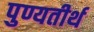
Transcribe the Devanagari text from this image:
पुण्यतीर्थ